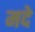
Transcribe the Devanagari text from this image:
मदे